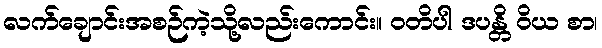
လက်ချောင်းအစဉ်ကဲ့သို့လည်းကောင်း။ ဝတိပါ ဒပန္တိ ဝိယ စာ၊